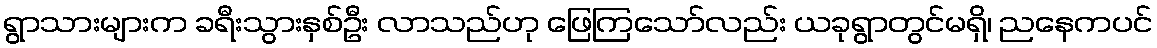
ရွာသားများက ခရီးသွားနှစ်ဦး လာသည်ဟု ဖြေကြသော်လည်း ယခုရွာတွင်မရှိ၊ ညနေကပင်